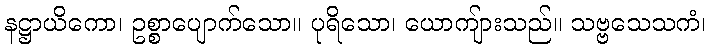
နဋ္ဌာယိကော၊ ဥစ္စာပျောက်သော။ ပုရိသော၊ ယောကျ်ားသည်။ သဗ္ဗသေသကံ၊